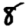
Digit: 8